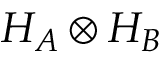
H _ { A } \otimes H _ { B }